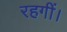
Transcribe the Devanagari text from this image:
रहगीं।